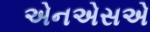
એનએસએ